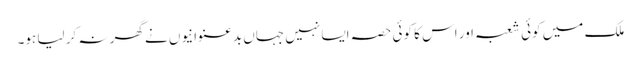
ملک میں کوئی شعبہ اور اس کا کوئی حصہ ایسا نہیں جہاں بدعنوانیوں نے گھر نہ کر لیا ہو۔